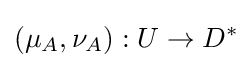
(\mu _{A},\nu _{A}):U\to D^{*}